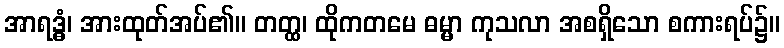
အာရဒ္ဓံ၊ အားထုတ်အပ်၏။ တတ္ထ၊ ထိုကတမေ ဓမ္မာ ကုသလာ အစရှိသော စကားရပ်၌။